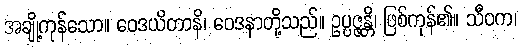
အချို့ကုန်သော။ ဝေဒယိတာနိ၊ ဝေဒနာတို့သည်။ ဥပ္ပဇ္ဇန္တိ၊ ဖြစ်ကုန်၏။ သီဝက၊